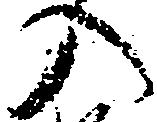
入